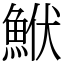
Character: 鮲